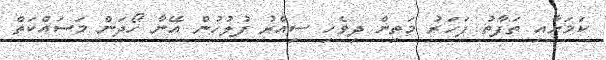
ކަމަށާއި ތަފާތު ފަހަރު މަތިން ދިވެހި ސިއްރު ފުލުހުން އޭނާ ހޯދަން މަސައްކަތް